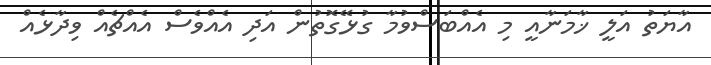
އާޔަތު އަލީ ޚާމަނާއީ މި އެއްބަސްވުމާ ގުޅޭގޮތުން އަދި އެއްވެސް އެއްޗެއް ވިދާޅެއް